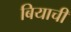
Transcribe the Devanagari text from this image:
बियाची